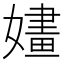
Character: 嫿